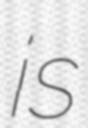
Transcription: is